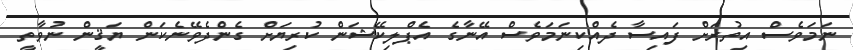
ނަމަވެސް އިތުރަށް ފައިސާ ދެއްކިނަމަވެސް އޭނާގެ އެޕްލިކޭޝަން ކުރިޔަށް ގެންދެވޭނެކަން ޔަޤީން ނުވާތީ